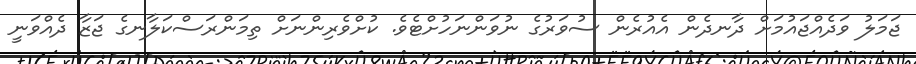
ޖަމަލު ވަދެއްޖައުމަށް ދާނދެން އެއުރެން ސުވަރުގެ ނުވަންނަހުށްޓެވެ. ކުށްވެރިންނަށް ތިމަންރަސްކަލާނގެ ޖަޒާ ދެއްވަނީ